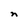
Character: n